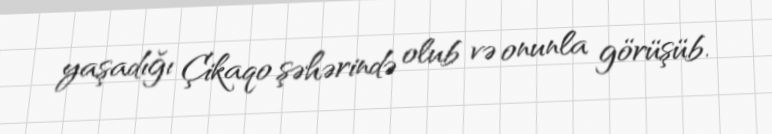
yaşadığı Çikaqo şəhərində olub və onunla görüşüb.